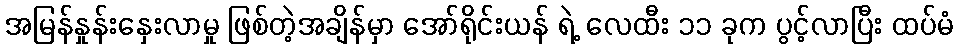
အမြန်နှုန်းနှေးလာမှု ဖြစ်တဲ့အချိန်မှာ အော်ရိုင်းယန် ရဲ့ လေထီး ၁၁ ခုက ပွင့်လာပြီး ထပ်မံ